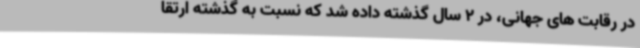
در رقابت های جهانی، در 2 سال گذشته داده شد که نسبت به گذشته ارتقا